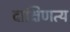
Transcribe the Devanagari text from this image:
दाक्षिणत्य